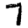
Digit: 7